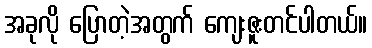
အခုလို ပြောတဲ့အတွက် ကျေးဇူးတင်ပါတယ်။